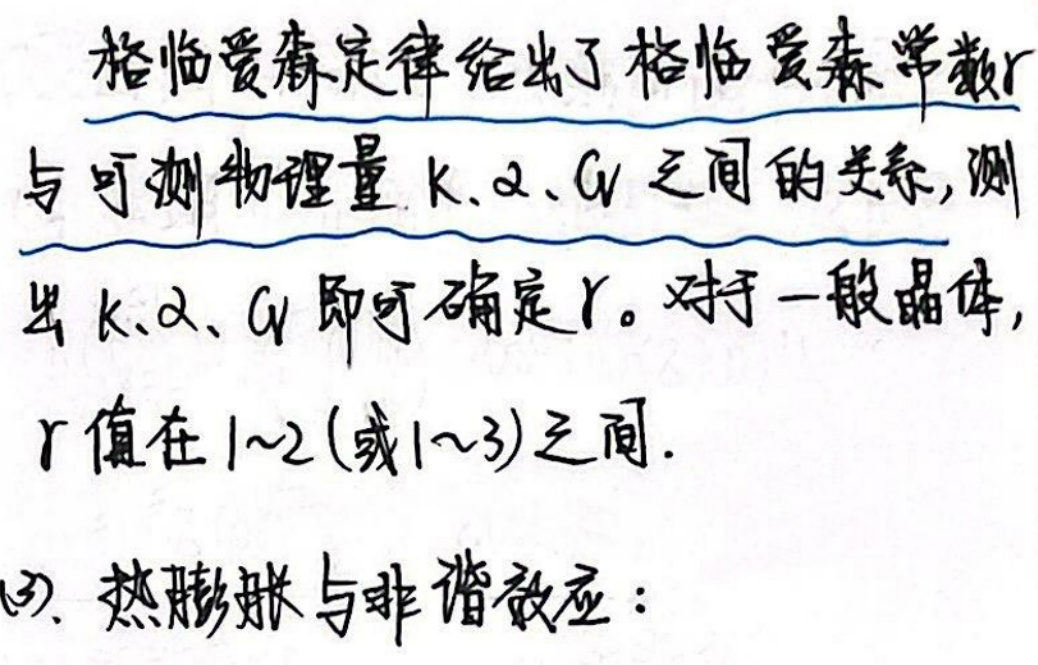
格临爱森定律给出了格临爱森系数$\gamma$与可测物理量k、$\alpha$、$C_{V$之间的关系，测}\\
出k、$\alpha$、$C_{V$}即可确定$\gamma$。对于一般晶体，\\
$\gamma$值在1\sim2（或1\sim3）之间。\\
(3)、热膨胀与非谐效应：